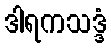
ဒါရကသဒ္ဒံ